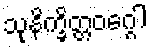
သုနိက္ခိတ္တဝဂ္ဂေါ